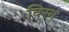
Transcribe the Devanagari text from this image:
विरन